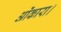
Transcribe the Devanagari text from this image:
ओंकारा।